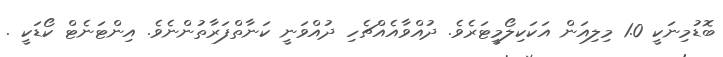
ބޮޑުމިނަކީ 1.0 މިލިއަން އަކަކިލޯމީޓަރެވެ. ދުއްވާއެއްޗެހި ދުއްވަނީ ކަނާތްފަރާތުންނެވެ. އިންޓަނެޓް ކޯޑަކީ .